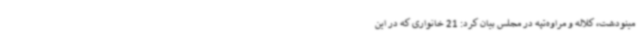
مینودشت، کلاله و مراوه‌تپه در مجلس بیان کرد: 21 خانواری که در این